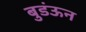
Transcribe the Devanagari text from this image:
बुडंऊन